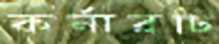
কর্নারটি